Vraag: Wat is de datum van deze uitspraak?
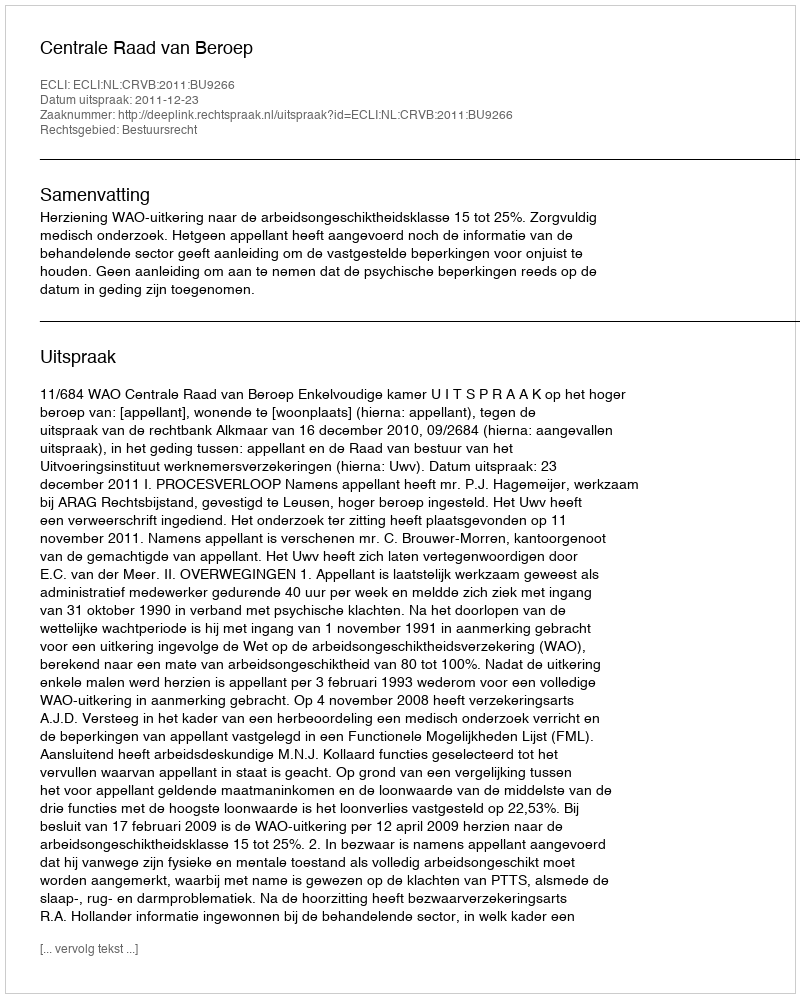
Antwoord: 2011-12-23